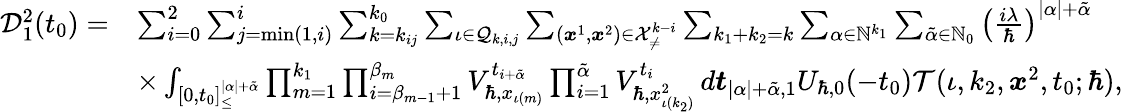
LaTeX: \begin{array}{rl}{\mathcal{D}_{1}^{2}(t_{0})=}&{\sum_{i=0}^{2}\sum_{j=\operatorname*{min}(1,i)}^{i}\sum_{k=k_{ij}}^{k_{0}}\sum_{\iota\in\mathcal{Q}_{k,i,j}}\sum_{(\boldsymbol{x}^{1},\boldsymbol{x}^{2})\in\mathcal{X}_{\neq}^{k-i}}\sum_{k_{1}+k_{2}=k}\sum_{\alpha\in\mathbb{N}^{k_{1}}}\sum_{\tilde{\alpha}\in\mathbb{N}_{0}}\left(\frac{i\lambda}{\hbar}\right)^{|\alpha|+\tilde{\alpha}}}\\ &{\times\int_{[0,t_{0}]_{\leq}^{|\alpha|+\tilde{\alpha}}}\prod_{m=1}^{k_{1}}\prod_{i=\beta_{m-1}+1}^{\beta_{m}}V_{\hbar,x_{\iota(m)}}^{t_{i+\tilde{\alpha}}}\prod_{i=1}^{\tilde{\alpha}}V_{\hbar,x_{\iota(k_{2})}^{2}}^{t_{i}}\, d\boldsymbol{t}_{|\alpha|+\tilde{\alpha},1}U_{\hbar,0}(-t_{0})\mathcal{T}(\iota,k_{2},\boldsymbol{x}^{2},t_{0};\hbar),}\end{array}